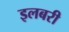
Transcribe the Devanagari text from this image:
इलबरी